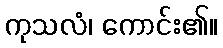
ကုသလံ၊ ကောင်း၏။